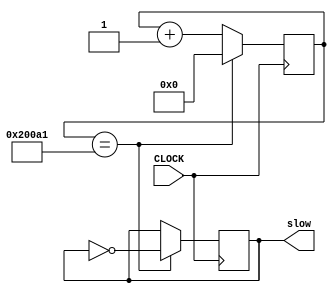
`timescale 1ns / 1ps
//////////////////////////////////////////////////////////////////////////////////
// Company: 
// Engineer: 
// 
// Design Name: 
// Module Name: slow_clock
// Project Name: 
// Target Devices: 
// Tool Versions: 
// Description: 
// 
// Dependencies: 
// 
// Revision:
// Revision 0.01 - File Created
// Additional Comments:
// 
//////////////////////////////////////////////////////////////////////////////////


module slow_clock(
    input CLOCK,
    output reg slow =0
    );
    
    reg [19:0] count = 0;
    reg [23:0] cmatch = 131233;
 //   reg [23:0] cmatch = 1;
    always @ (posedge CLOCK) 
    begin
        count <= (count == cmatch)?0:count + 1;
        slow <= (count == cmatch) ? ~slow : slow;
    end
endmodule